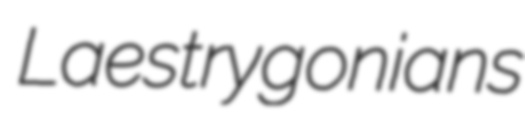
Laestrygonians